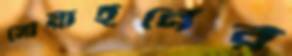
সোয়াইনের